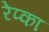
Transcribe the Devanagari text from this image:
रेप्का